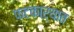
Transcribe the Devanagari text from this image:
फटकाऱ्यात